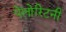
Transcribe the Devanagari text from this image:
पेलोरिटनी